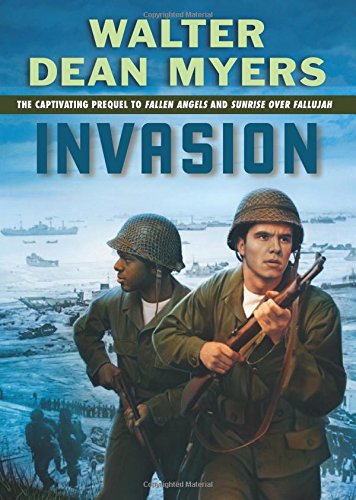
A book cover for Invasion; Walter Dean Myers; Teen & Young Adult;